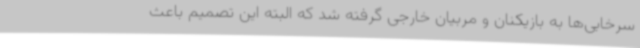
سرخابی‌ها به بازیکنان و مربیان خارجی گرفته شد که البته این تصمیم باعث